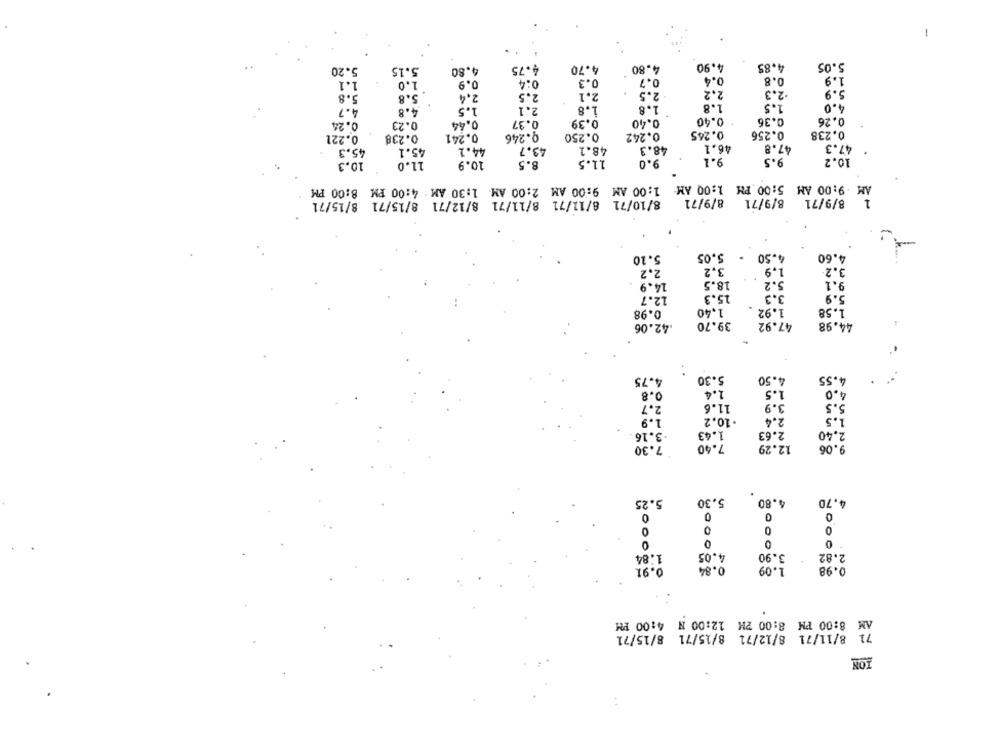
5.20
5.15
4.80
4.75
4.70
4.80
4.90
4.85
5.05
1.1
1.0
0.9
0:4
0.3
0.7
0.4
0.8
1.9
5.9
5.8
5.8
2.4
2.5
2.1
2.5
2.2
2.3
1.8
1.5
4.0
4.7
4.8
1.5
2.1
1.8
1.8
0.39
0.40
0.40
0.36
0.26
0.24
0.23
0.44
0.37
0.241
0.246
0.250
0.242
0.245
0.256
0.238
0.221
0.238
45.3
45.1
44.2
43.7
48.1
48.3
46.1
47.8
47.3
9.1
9.5
10.2
10.3
11.0
10.9
8.5
11.5
9.0
AM 9:00 AM 5:00 PM 1:00 AM
1:00 AM 9:00 AM 2:00 AM 1:30 AM : 4:00 PM 8:00 PM
8/10/71 8/11/71 8/11/71 8/12/71 8/15/71 8/15/71
8/9/71 8/9/71
1 8/9/71
5.05
.
4.50
4.60
5.10
2.2
3,2
1.9
3.2
14.9
18.5
5.2
9.1
12.7
15.3
3.3
5.9
0.98
1,40
1.92
1.58
39.70
47.92
44.98
42.06
4.75
5.30
4.50
4.55
1.5
4.0
0.8
1.4
11.6
3.9
5.5
2.7
1.9
. 10.2
2.4
1.5
.3.16
1.43
2.63
2.40
7.30
7.40
12.29
9.06
5.25
5.30
4.80
4.70
0
O
0
0
0
1.84
4.05
O
3.90
2.82
0.91
0.84
1.09
0.98
4:00 PM
AM 8:00 PM 8:00 PM 12:00 N
71 8/11/71 8/12/71 8/15/71 8/15/71
ION